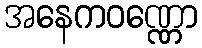
အနေကဝဏ္ဏော